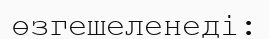
өзгешеленеді: